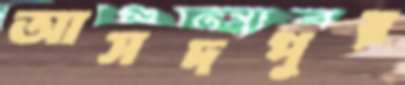
আসদপুর